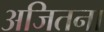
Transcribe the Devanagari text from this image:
अजितना